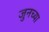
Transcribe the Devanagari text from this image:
जुनच्या